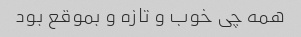
همه چی خوب و تازه و بموقع بود